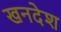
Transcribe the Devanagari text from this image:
खनदेश